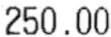
250.00